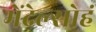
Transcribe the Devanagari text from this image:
मेंदेल्सोहं